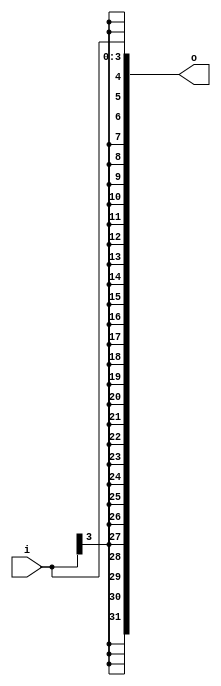
module signedExt4(input [3:0] i,
				output [31:0] o
				);


assign o = { {28{i[3]}} , i };
//assign o = {28'd0,i};
				
endmodule